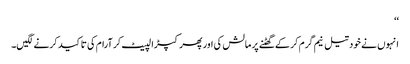
‘‘
انہوں نے خود تیل نیم گرم کر کے گھٹنے پر مالش کی اور پھر کپڑا لپیٹ کر آرام کی تاکید کرنے لگیں۔